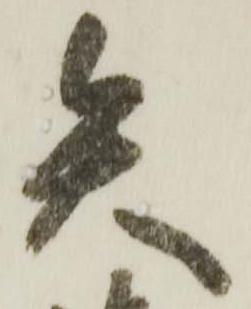
矢